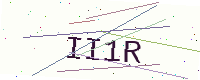
Text: II1R